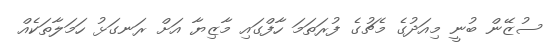
ސުޒޭން ބުނީ މިއަދުގެ މެޗުގެ ފުރަތަމަ ހާފްގައި މާޒިޔާ އަށް ރަނގަޅު ހަމަލާތަކެއް